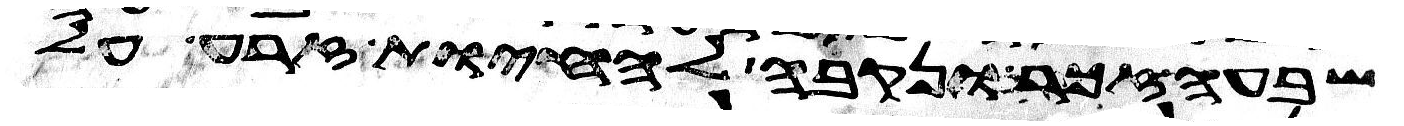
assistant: שבעה זכר ונקבה להחיות זרע על